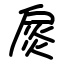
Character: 扊